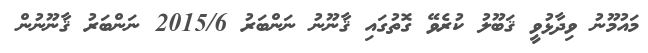
މައުމޫނު ވިދާޅުވީ ޤަބޫލު ކުރެވޭ ގޮތުގައި ޤާނޫނު ނަންބަރު 2015/6 ނަންބަރު ޤާނޫނުން